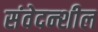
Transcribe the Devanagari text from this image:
संवेदन्शील